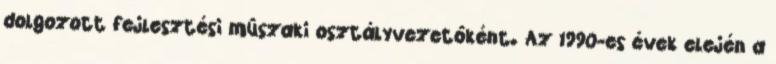
dolgozott fejlesztési mûszaki osztályvezetôként. Az 1990-es évek elején a